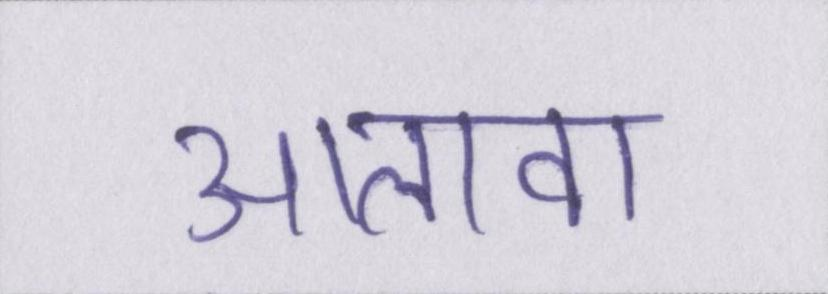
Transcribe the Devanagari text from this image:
आलावा